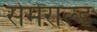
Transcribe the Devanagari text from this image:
सेमेराल्ड